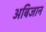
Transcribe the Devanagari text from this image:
अबिजान